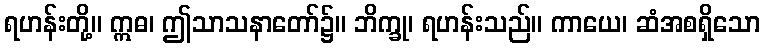
ရဟန်းတို့။ ဣဓ၊ ဤသာသနာတော်၌။ ဘိက္ခု၊ ရဟန်းသည်။ ကာယေ၊ ဆံအစရှိသော